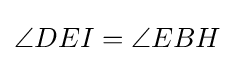
\angle DEI=\angle EBH